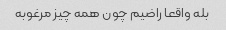
بله واقعا راضیم چون همه چیز مرغوبه